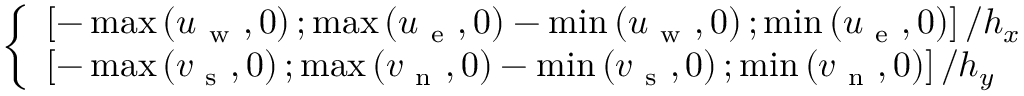
\left\{ \begin{array} { l l } { \left[ - \operatorname* { m a x } \left( u _ { \mathrm { ~ w ~ } } , 0 \right) ; \operatorname* { m a x } \left( u _ { \mathrm { ~ e ~ } } , 0 \right) - \operatorname* { m i n } \left( u _ { \mathrm { ~ w ~ } } , 0 \right) ; \operatorname* { m i n } \left( u _ { \mathrm { ~ e ~ } } , 0 \right) \right] / h _ { x } } \\ { \left[ - \operatorname* { m a x } \left( v _ { \mathrm { ~ s ~ } } , 0 \right) ; \operatorname* { m a x } \left( v _ { \mathrm { ~ n ~ } } , 0 \right) - \operatorname* { m i n } \left( v _ { \mathrm { ~ s ~ } } , 0 \right) ; \operatorname* { m i n } \left( v _ { \mathrm { ~ n ~ } } , 0 \right) \right] / h _ { y } } \end{array} \right.